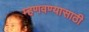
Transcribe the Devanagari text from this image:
म्हणवण्यासाठी